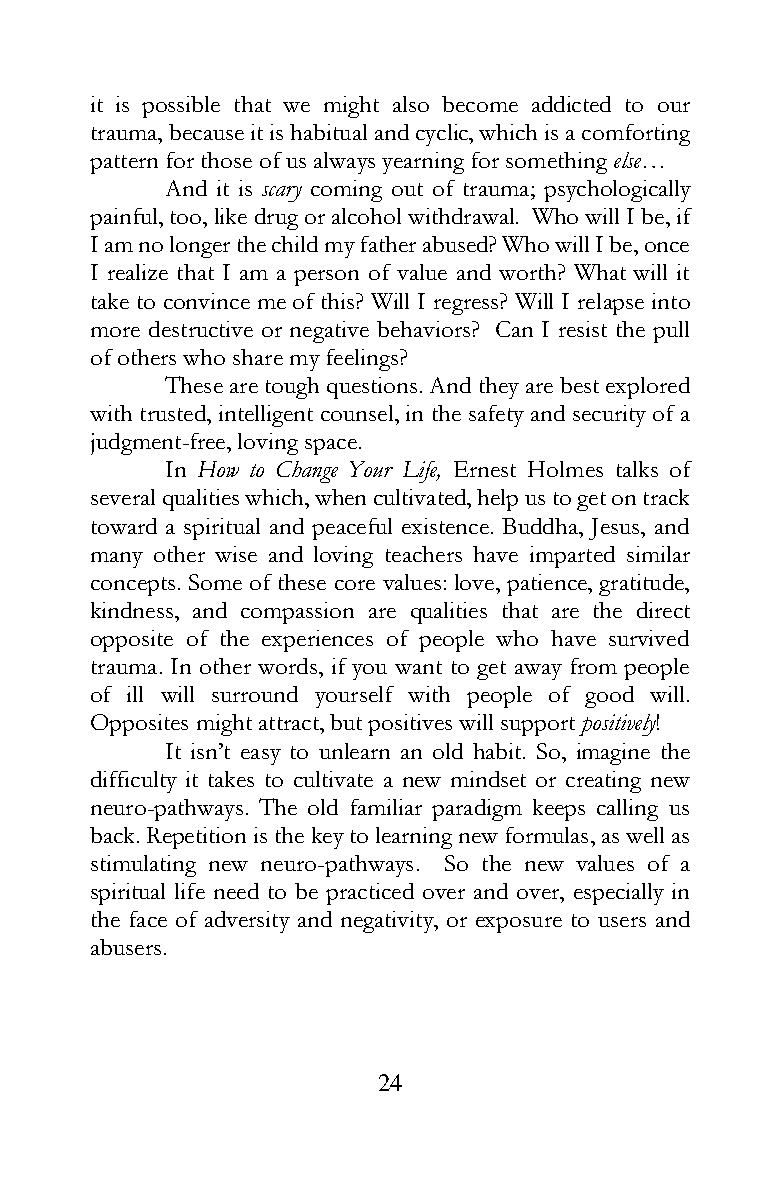
it is possible that we might also become addicted to our
 trauma, because it is habitual and cyclic, which is a comforting
 pattern for those of us always yearning for something else…
 And it is scary coming out of trauma; psychologically
 painful, too, like drug or alcohol withdrawal. Who will I be, if
 I am no longer the child my father abused? Who will I be, once
 I realize that I am a person of value and worth? What will it
 take to convince me of this? Will I regress? Will I relapse into
 more destructive or negative behaviors? Can I resist the pull
 of others who share my feelings?
 These are tough questions. And they are best explored
 with trusted, intelligent counsel, in the safety and security of a
 judgment-free, loving space.
 In How to Change Your Life, Ernest Holmes talks of
 several qualities which, when cultivated, help us to get on track
 toward a spiritual and peaceful existence. Buddha, Jesus, and
 many other wise and loving teachers have imparted similar
 concepts. Some of these core values: love, patience, gratitude,
 kindness, and compassion are qualities that are the direct
 opposite of the experiences of people who have survived
 trauma. In other words, if you want to get away from people
 of ill will surround yourself with people of good will.
 Opposites might attract, but positives will support positively!
 It isn’t easy to unlearn an old habit. So, imagine the
 difficulty it takes to cultivate a new mindset or creating new
 neuro-pathways. The old familiar paradigm keeps calling us
 back. Repetition is the key to learning new formulas, as well as
 stimulating new neuro-pathways. So the new values of a
 spiritual life need to be practiced over and over, especially in
 the face of adversity and negativity, or exposure to users and
 abusers.
 24